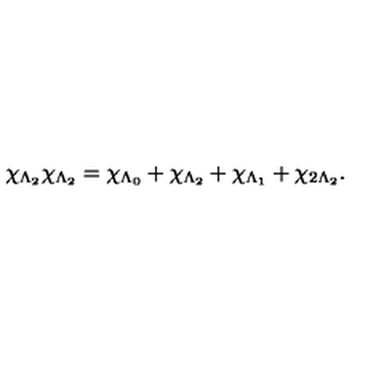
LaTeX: \chi _ { \Lambda _ { 2 } } \chi _ { \Lambda _ { 2 } } = \chi _ { \Lambda _ { 0 } } + \chi _ { \Lambda _ { 2 } } + \chi _ { \Lambda _ { 1 } } + \chi _ { 2 \Lambda _ { 2 } } .